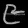
Digit: ၉